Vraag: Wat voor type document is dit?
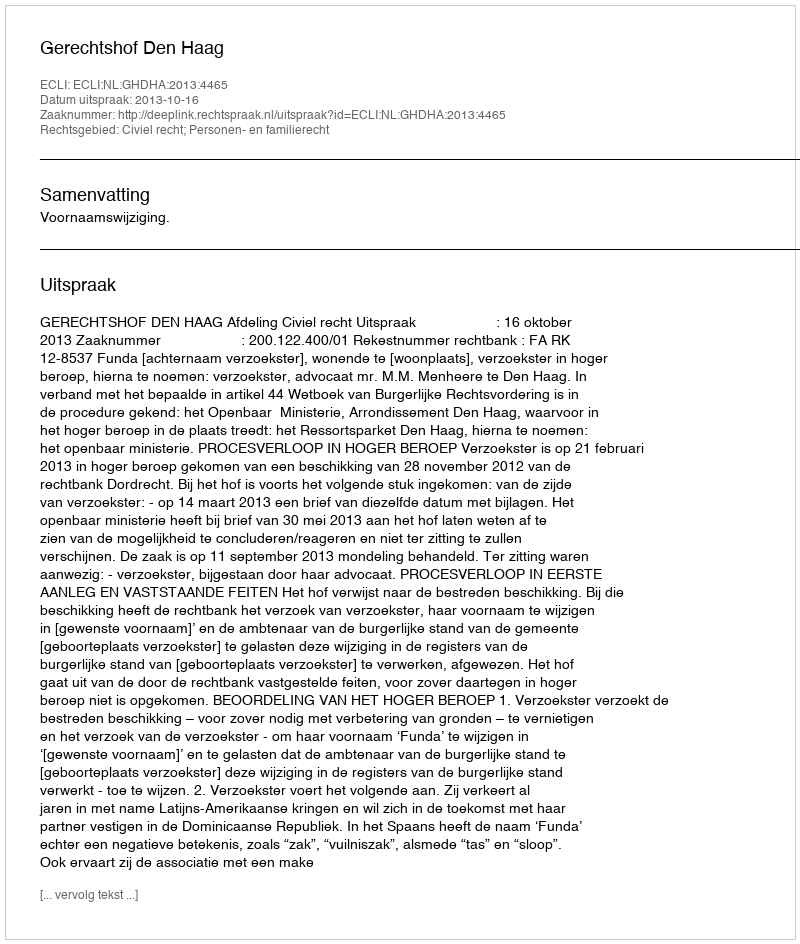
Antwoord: Uitspraak